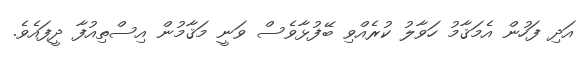
އަދި ފަހުން އެމަޤާމު ހަވާލު ކުރެއްވި ބޭފުޅާވެސް ވަނީ މަޤާމުން އިސްތިއުފާ ދީފައެވެ.